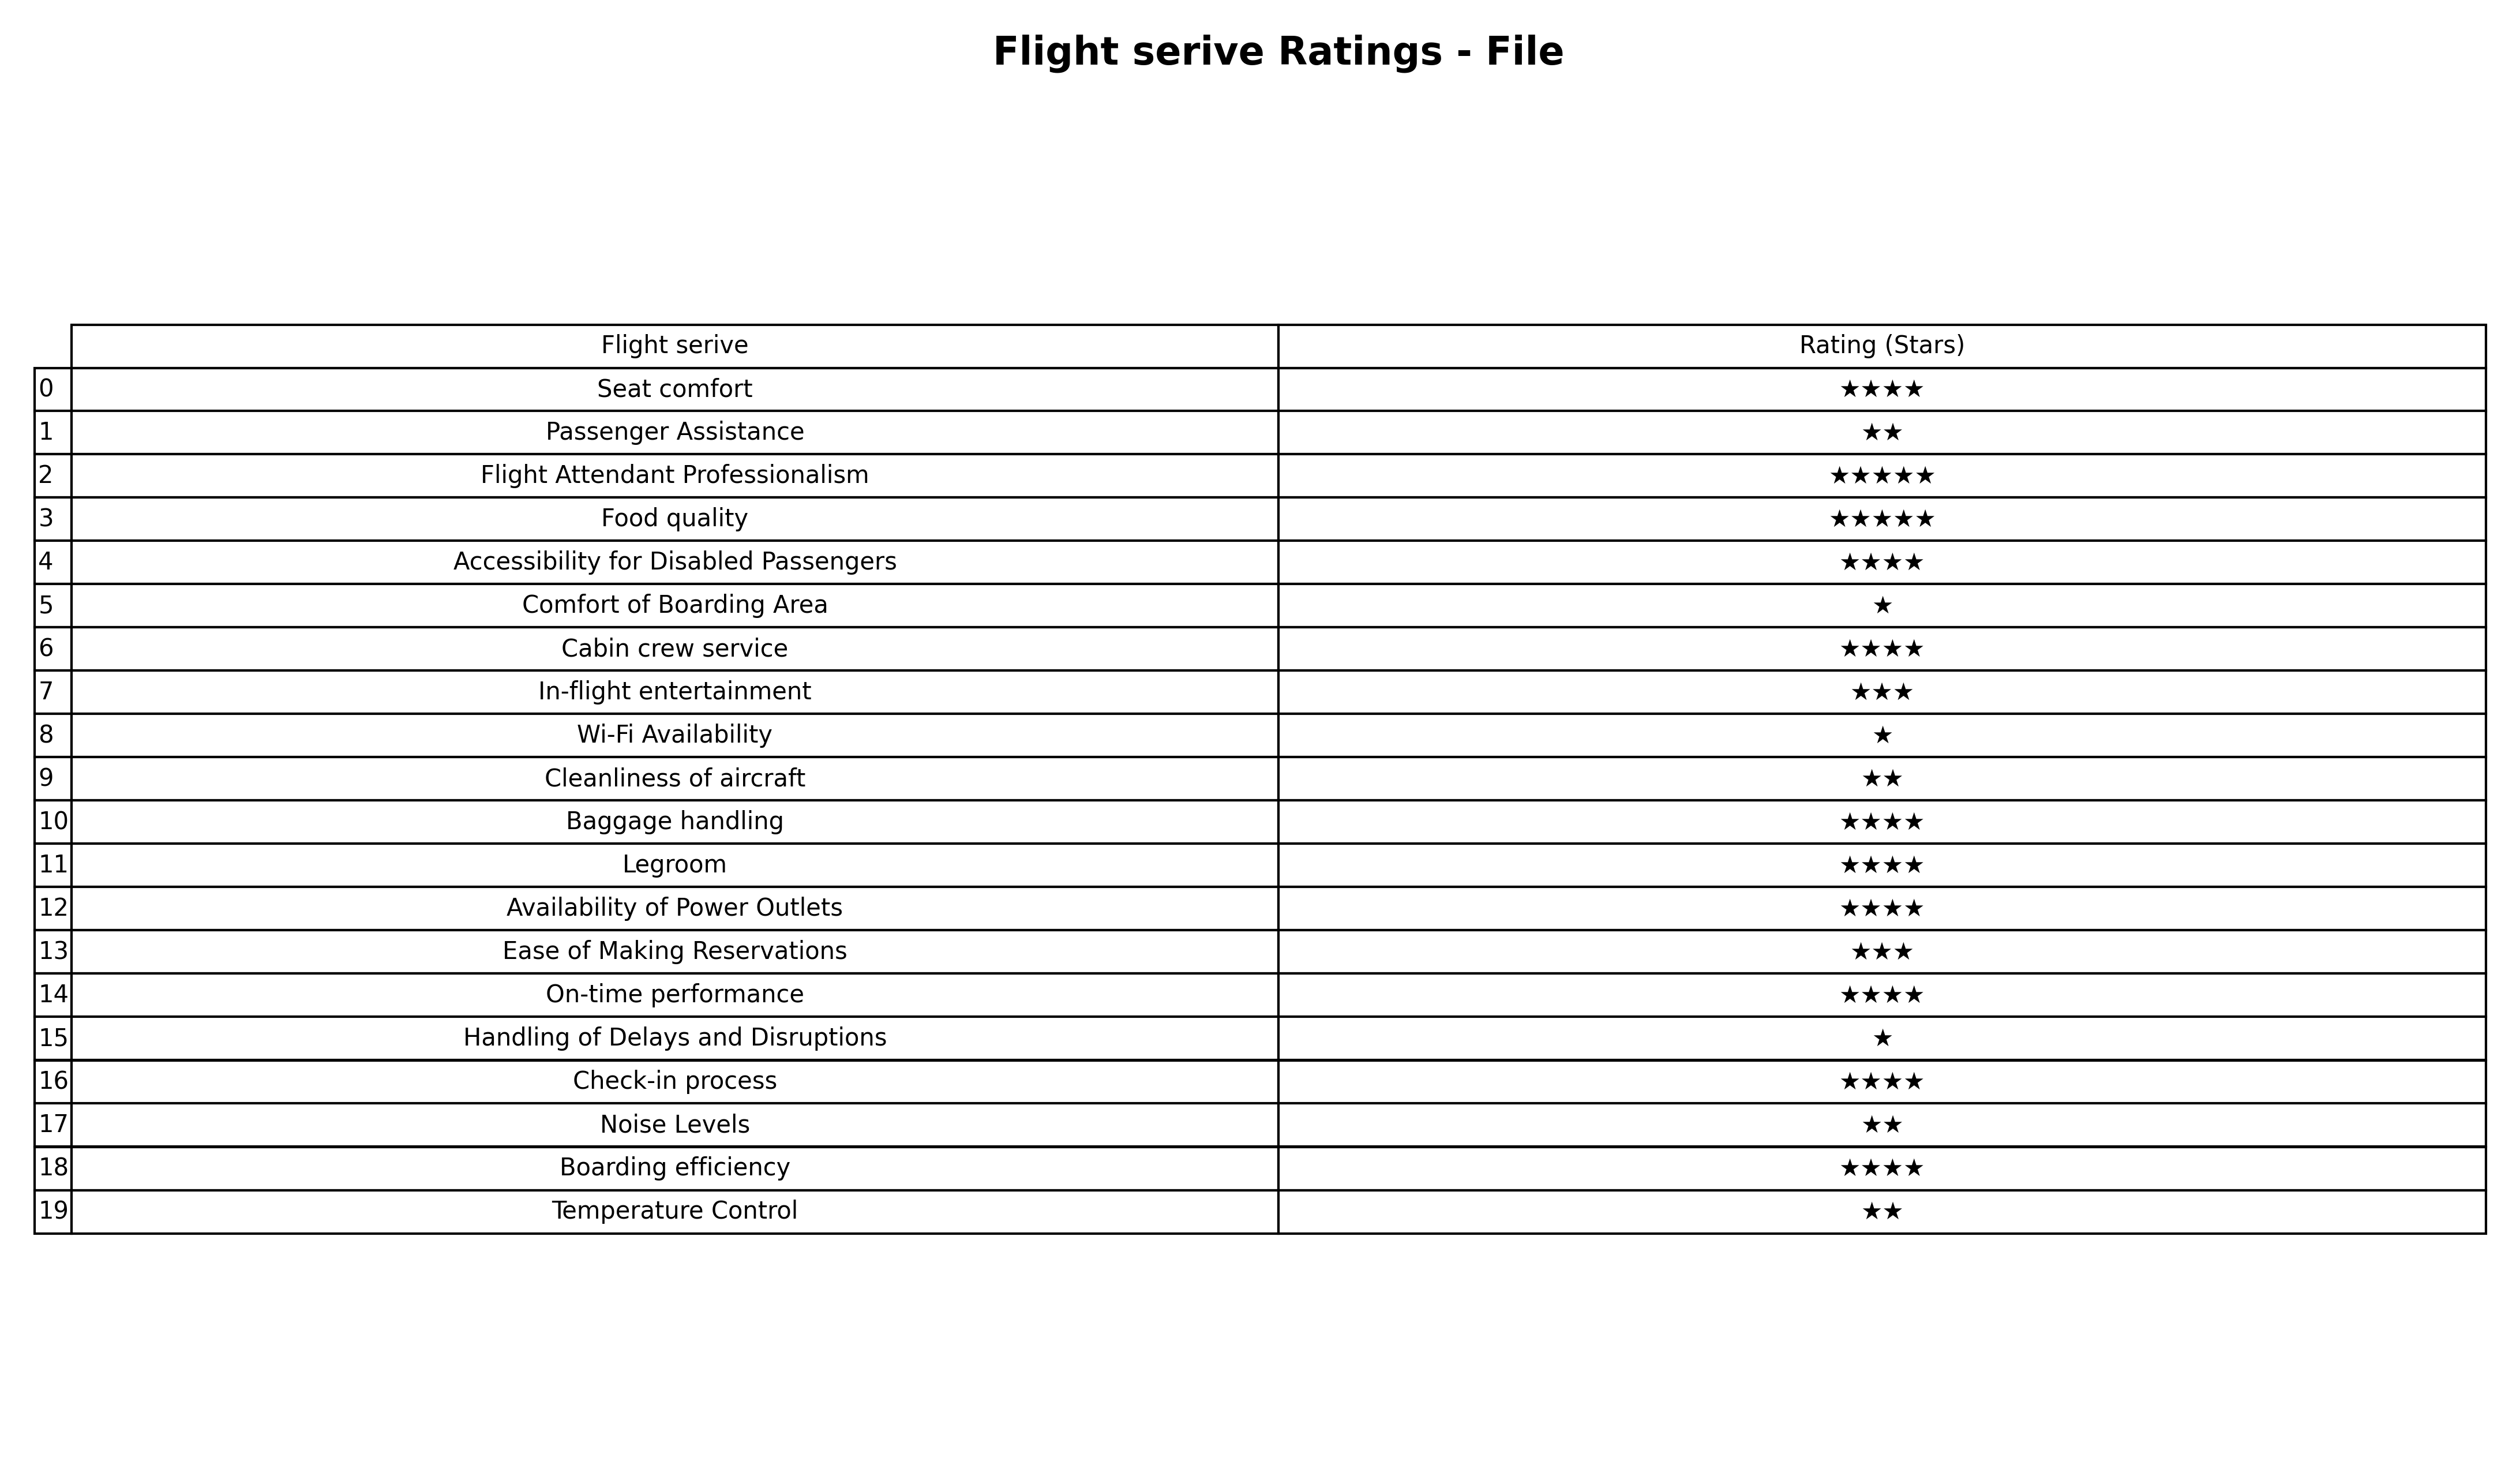
question: What is the rating of Temperature Control?
answer: ★★